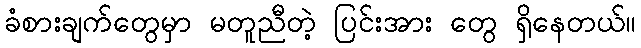
ခံစားချက်တွေမှာ မတူညီတဲ့ ပြင်းအား တွေ ရှိနေတယ်။